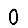
Digit: 0